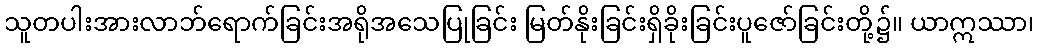
သူတပါးအားလာဘ်ရောက်ခြင်းအရိုအသေပြုခြင်း မြတ်နိုးခြင်းရှိခိုးခြင်းပူဇော်ခြင်းတို့၌။ ယာဣဿာ၊